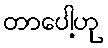
တာပေါ့ဟု